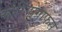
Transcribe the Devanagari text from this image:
कोरियोग्राफर्स